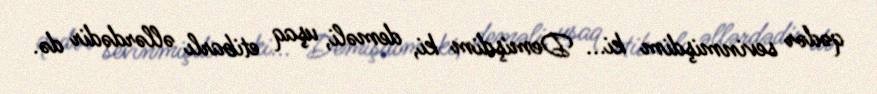
qədər sevinmişdim ki... Demişdim ki, deməli, uşaq etibarlı əllərdədir də.